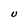
Character: U